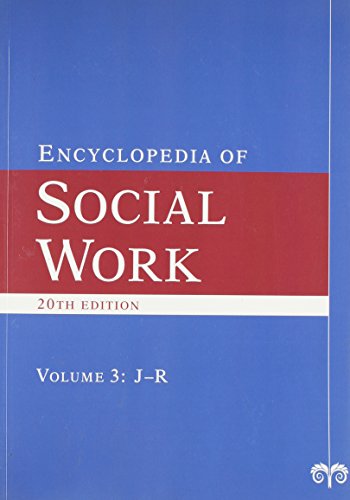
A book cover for The Encyclopedia of Social Work (4 Volume Set); Terry Mizrahi; Politics & Social Sciences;